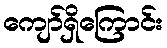
ကျော်ရှိကြောင်း